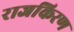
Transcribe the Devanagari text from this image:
राजकिरण